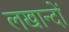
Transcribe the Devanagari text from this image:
लखान्दों